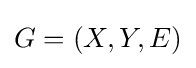
G=(X,Y,E)